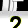
Digit: 2